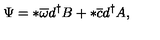
\Psi = * \overline { { \omega } } d ^ { \dagger } B + * \overline { { c } } d ^ { \dagger } A ,